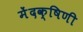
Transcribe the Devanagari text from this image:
मेंदक्षिणी